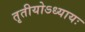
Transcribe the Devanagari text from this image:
तृतीयोऽध्यायः